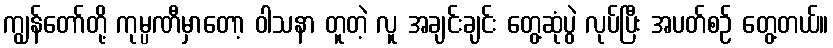
ကျွန်တော်တို့ ကုမ္ပဏီမှာတော့ ဝါသနာ တူတဲ့ လူ အချင်းချင်း တွေ့ဆုံပွဲ လုပ်ပြီး အပတ်စဉ် တွေ့တယ်။